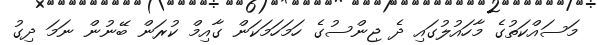
މަސައްކަތުގެ މާހައުލުގައި ދެ ޖިންސުގެ ހަމަހަމަކަން ގާއިމް ކުރަން ބޭނުން ނަމަ ދިގު